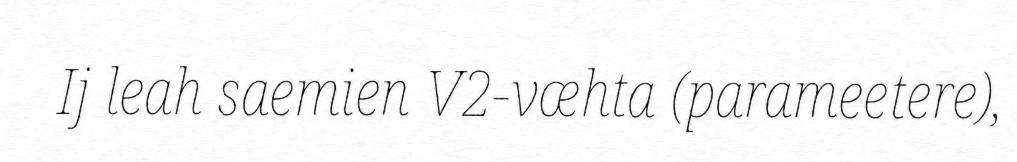
Ij leah saemien V2-væhta (parameetere),